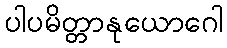
ပါပမိတ္တာနုယောဂေါ